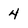
Character: 4